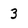
Character: 3